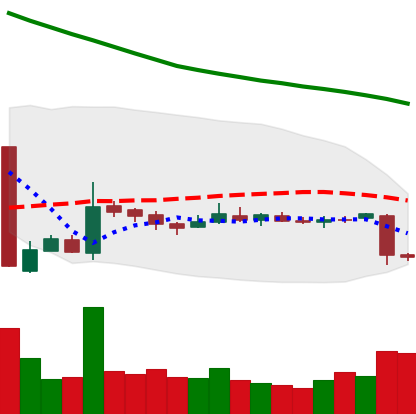
Ticker: EOS-USD
Chart end date: 2018-10-30
Forward return: 6.104%
Label: up_5_7